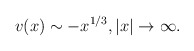
\begin{align*}v(x)\sim -x^{1/3}, |x|\to\infty.\end{align*}